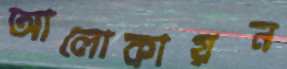
আলোকায়ন